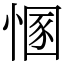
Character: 㥵